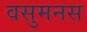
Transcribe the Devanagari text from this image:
वसुमनस